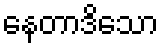
နေတာဒိသော